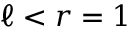
\ell < r = 1